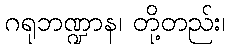
ဂရုဘဏ္ဍာန၊ တို့တည်း၊